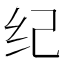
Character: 纪